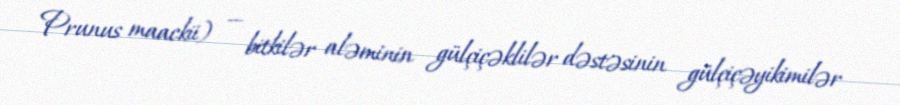
Prunus maackii) — bitkilər aləminin gülçiçəklilər dəstəsinin gülçiçəyikimilər